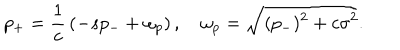
p _ { + } = { \frac { 1 } { c } } \left( - s p _ { - } + \omega _ { p } \right) , \quad \omega _ { p } = \sqrt { ( p _ { - } ) ^ { 2 } + c \sigma ^ { 2 } } .